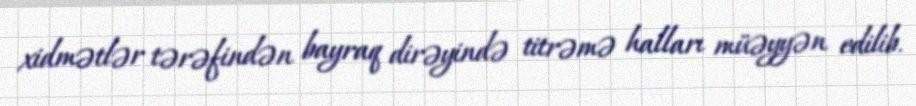
xidmətlər tərəfindən bayraq dirəyində titrəmə halları müəyyən edilib.